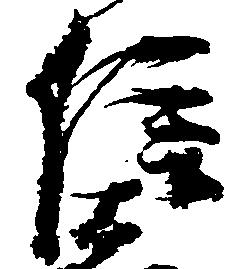
信